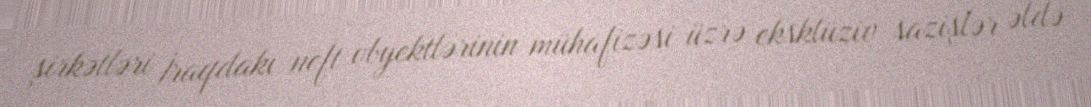
şirkətləri İraqdakı neft obyektlərinin mühafizəsi üzrə eksklüziv sazişlər əldə